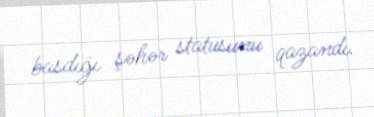
basdığı şəhər statusunu qazandı.